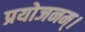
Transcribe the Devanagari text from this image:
प्रयोजनम्।